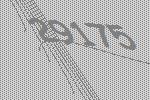
29175